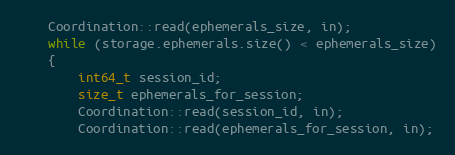
Language: C++
    Coordination::read(ephemerals_size, in);
    while (storage.ephemerals.size() < ephemerals_size)
    {
        int64_t session_id;
        size_t ephemerals_for_session;
        Coordination::read(session_id, in);
        Coordination::read(ephemerals_for_session, in);